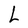
Character: L